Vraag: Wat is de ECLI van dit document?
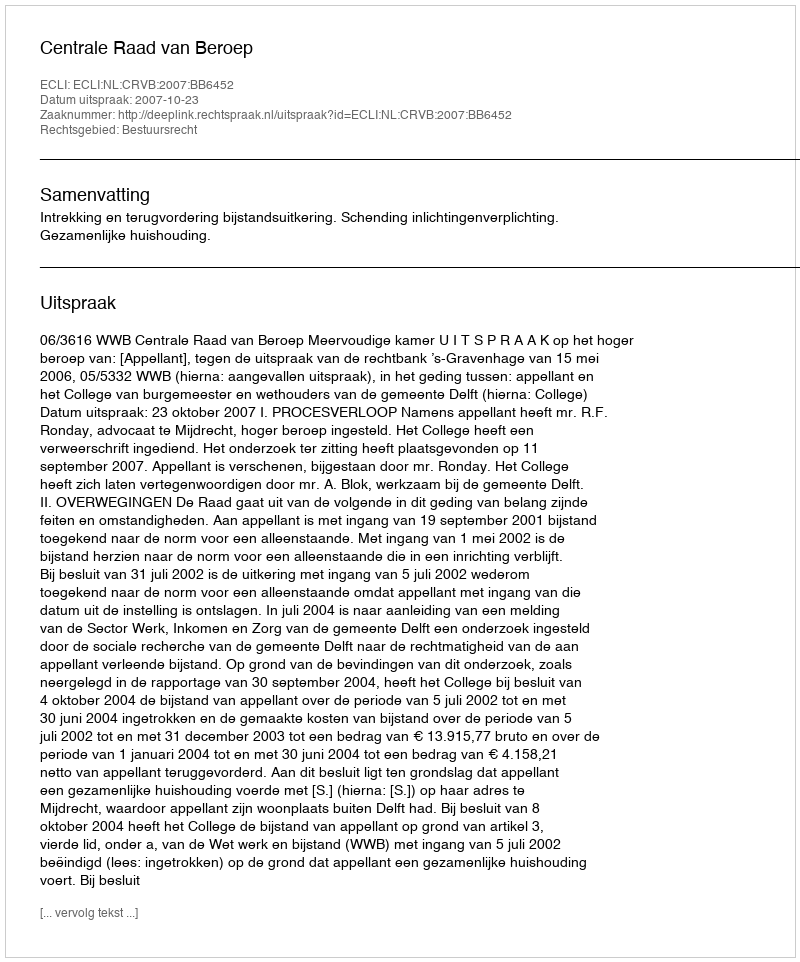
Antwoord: ECLI:NL:CRVB:2007:BB6452